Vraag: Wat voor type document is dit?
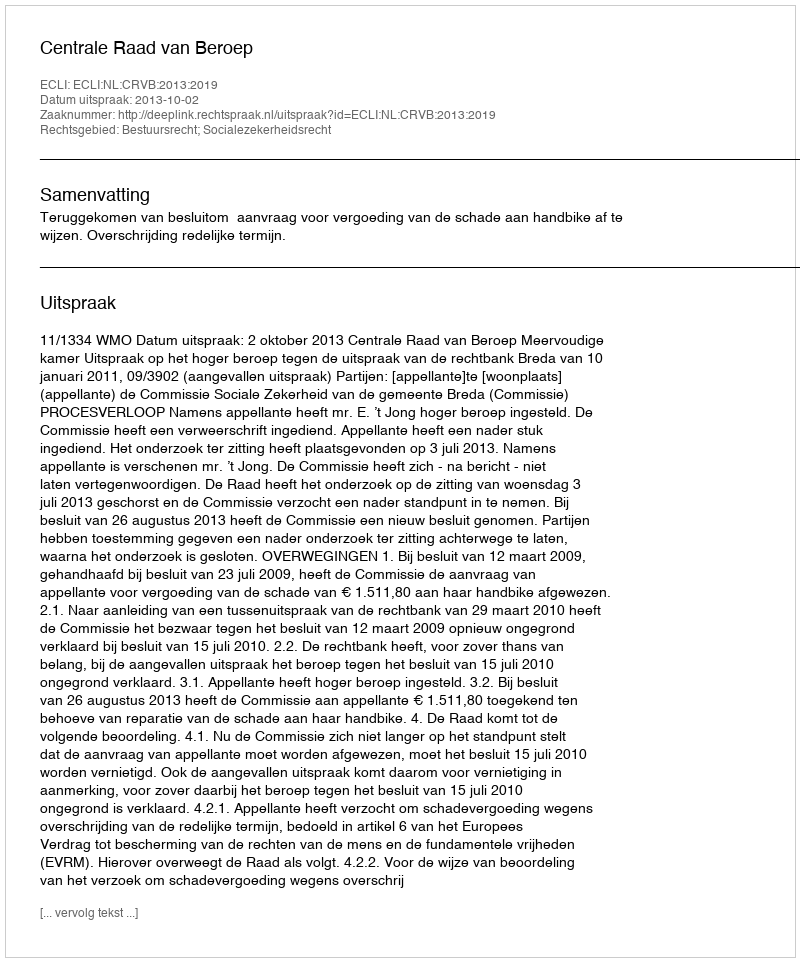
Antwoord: Uitspraak